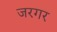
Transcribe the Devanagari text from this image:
जरगर